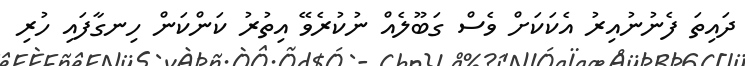
ދައިތަ ފެނުނުއިރު އެކަކަށް ވެސް ގަބޫލެއް ނުކުރެވޭ އިތުރު ކަންކަން ހިނގާފައި ހުރި